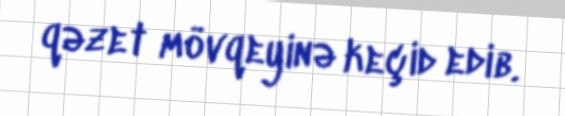
qəzet mövqeyinə keçid edib.